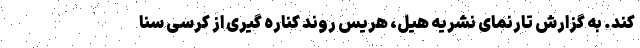
کند. به گزارش تارنمای نشریه هیل، هریس روند کناره گیری از کرسی سنا